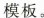
模板。